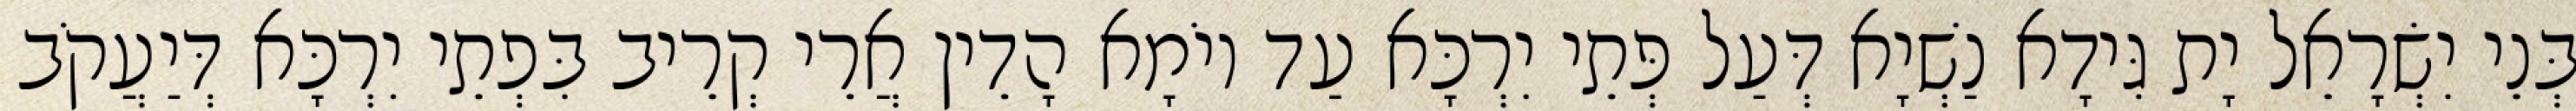
בְּנֵי יִשְׂרָאֵל יָת גִּידָא נַשְׁיָא דְּעַל פְּתֵי יִרְכָּא עַד יוֹמָא הָדֵין אֲרֵי קְרֵיב בִּפְתֵי יִרְכָּא דְּיַעֲקֹב